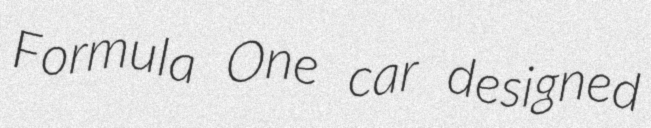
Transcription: Formula One car designed